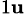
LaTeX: _{1\mathbf{u}}